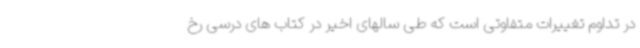
در تداوم تغییرات متفاوتی است که طی سالهای اخیر در کتاب های درسی رخ